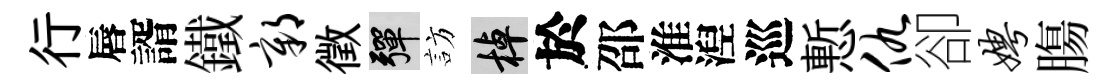
行唇諝鐵鄣徵彈訪棹於邵淮湼巡慙仇卻娉膓